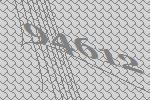
94612